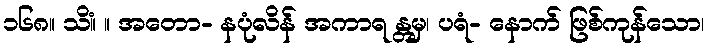
၁၆၈။ သိံ။ ။ အတော- နပုံလိန် အကာရ န္တမှ၊ ပရံ- နောက် ဖြစ်ကုန်သော၊